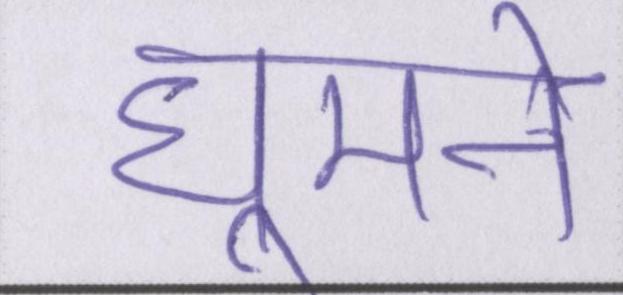
घूमने